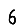
Digit: 6